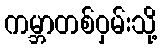
ကမ္ဘာတစ်ဝှမ်းသို့